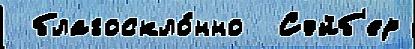
 благоскло́нно  Сэйб'ер